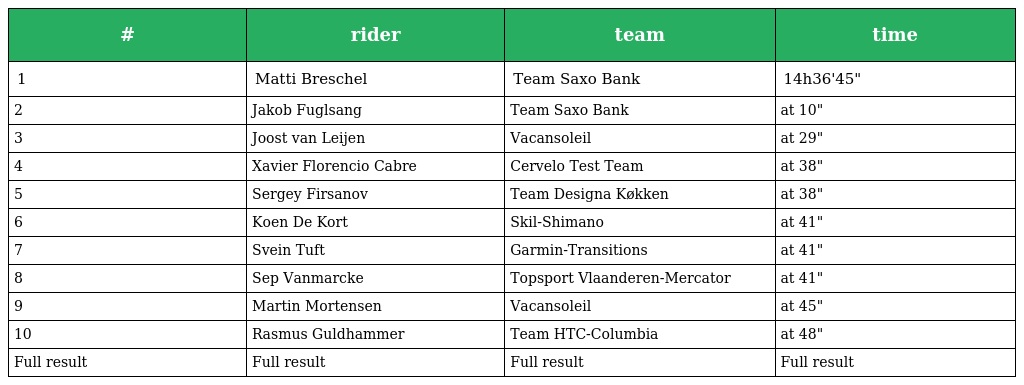
| # | rider | team | time |
 | --- | --- | --- | --- |
 | 1 | Matti Breschel | Team Saxo Bank | 14h36'45" |
 | 2 | Jakob Fuglsang | Team Saxo Bank | at 10" |
 | 3 | Joost van Leijen | Vacansoleil | at 29" |
 | 4 | Xavier Florencio Cabre | Cervelo Test Team | at 38" |
 | 5 | Sergey Firsanov | Team Designa Køkken | at 38" |
 | 6 | Koen De Kort | Skil-Shimano | at 41" |
 | 7 | Svein Tuft | Garmin-Transitions | at 41" |
 | 8 | Sep Vanmarcke | Topsport Vlaanderen-Mercator | at 41" |
 | 9 | Martin Mortensen | Vacansoleil | at 45" |
 | 10 | Rasmus Guldhammer | Team HTC-Columbia | at 48" |
 | Full result | Full result | Full result | Full result |